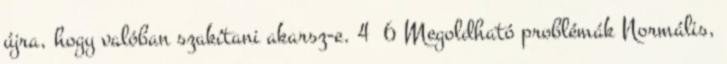
újra, hogy valóban szakítani akarsz-e. 4 6 Megoldható problémák Normális,